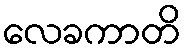
လေခကာတိ